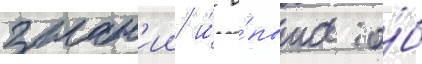
знан'ии и́ о́пыта о́б